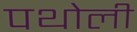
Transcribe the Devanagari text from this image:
पथोली